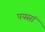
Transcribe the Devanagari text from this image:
पयसां